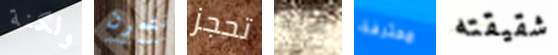
ولكنة نتمرن تحجز سحبه محترفة شقيقته